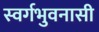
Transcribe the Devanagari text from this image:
स्वर्गभुवनासी